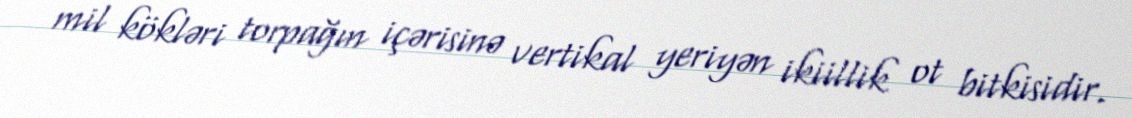
mil kökləri torpağın içərisinə vertikal yeriyən ikiillik ot bitkisidir.